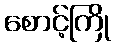
စောင့်ကြို